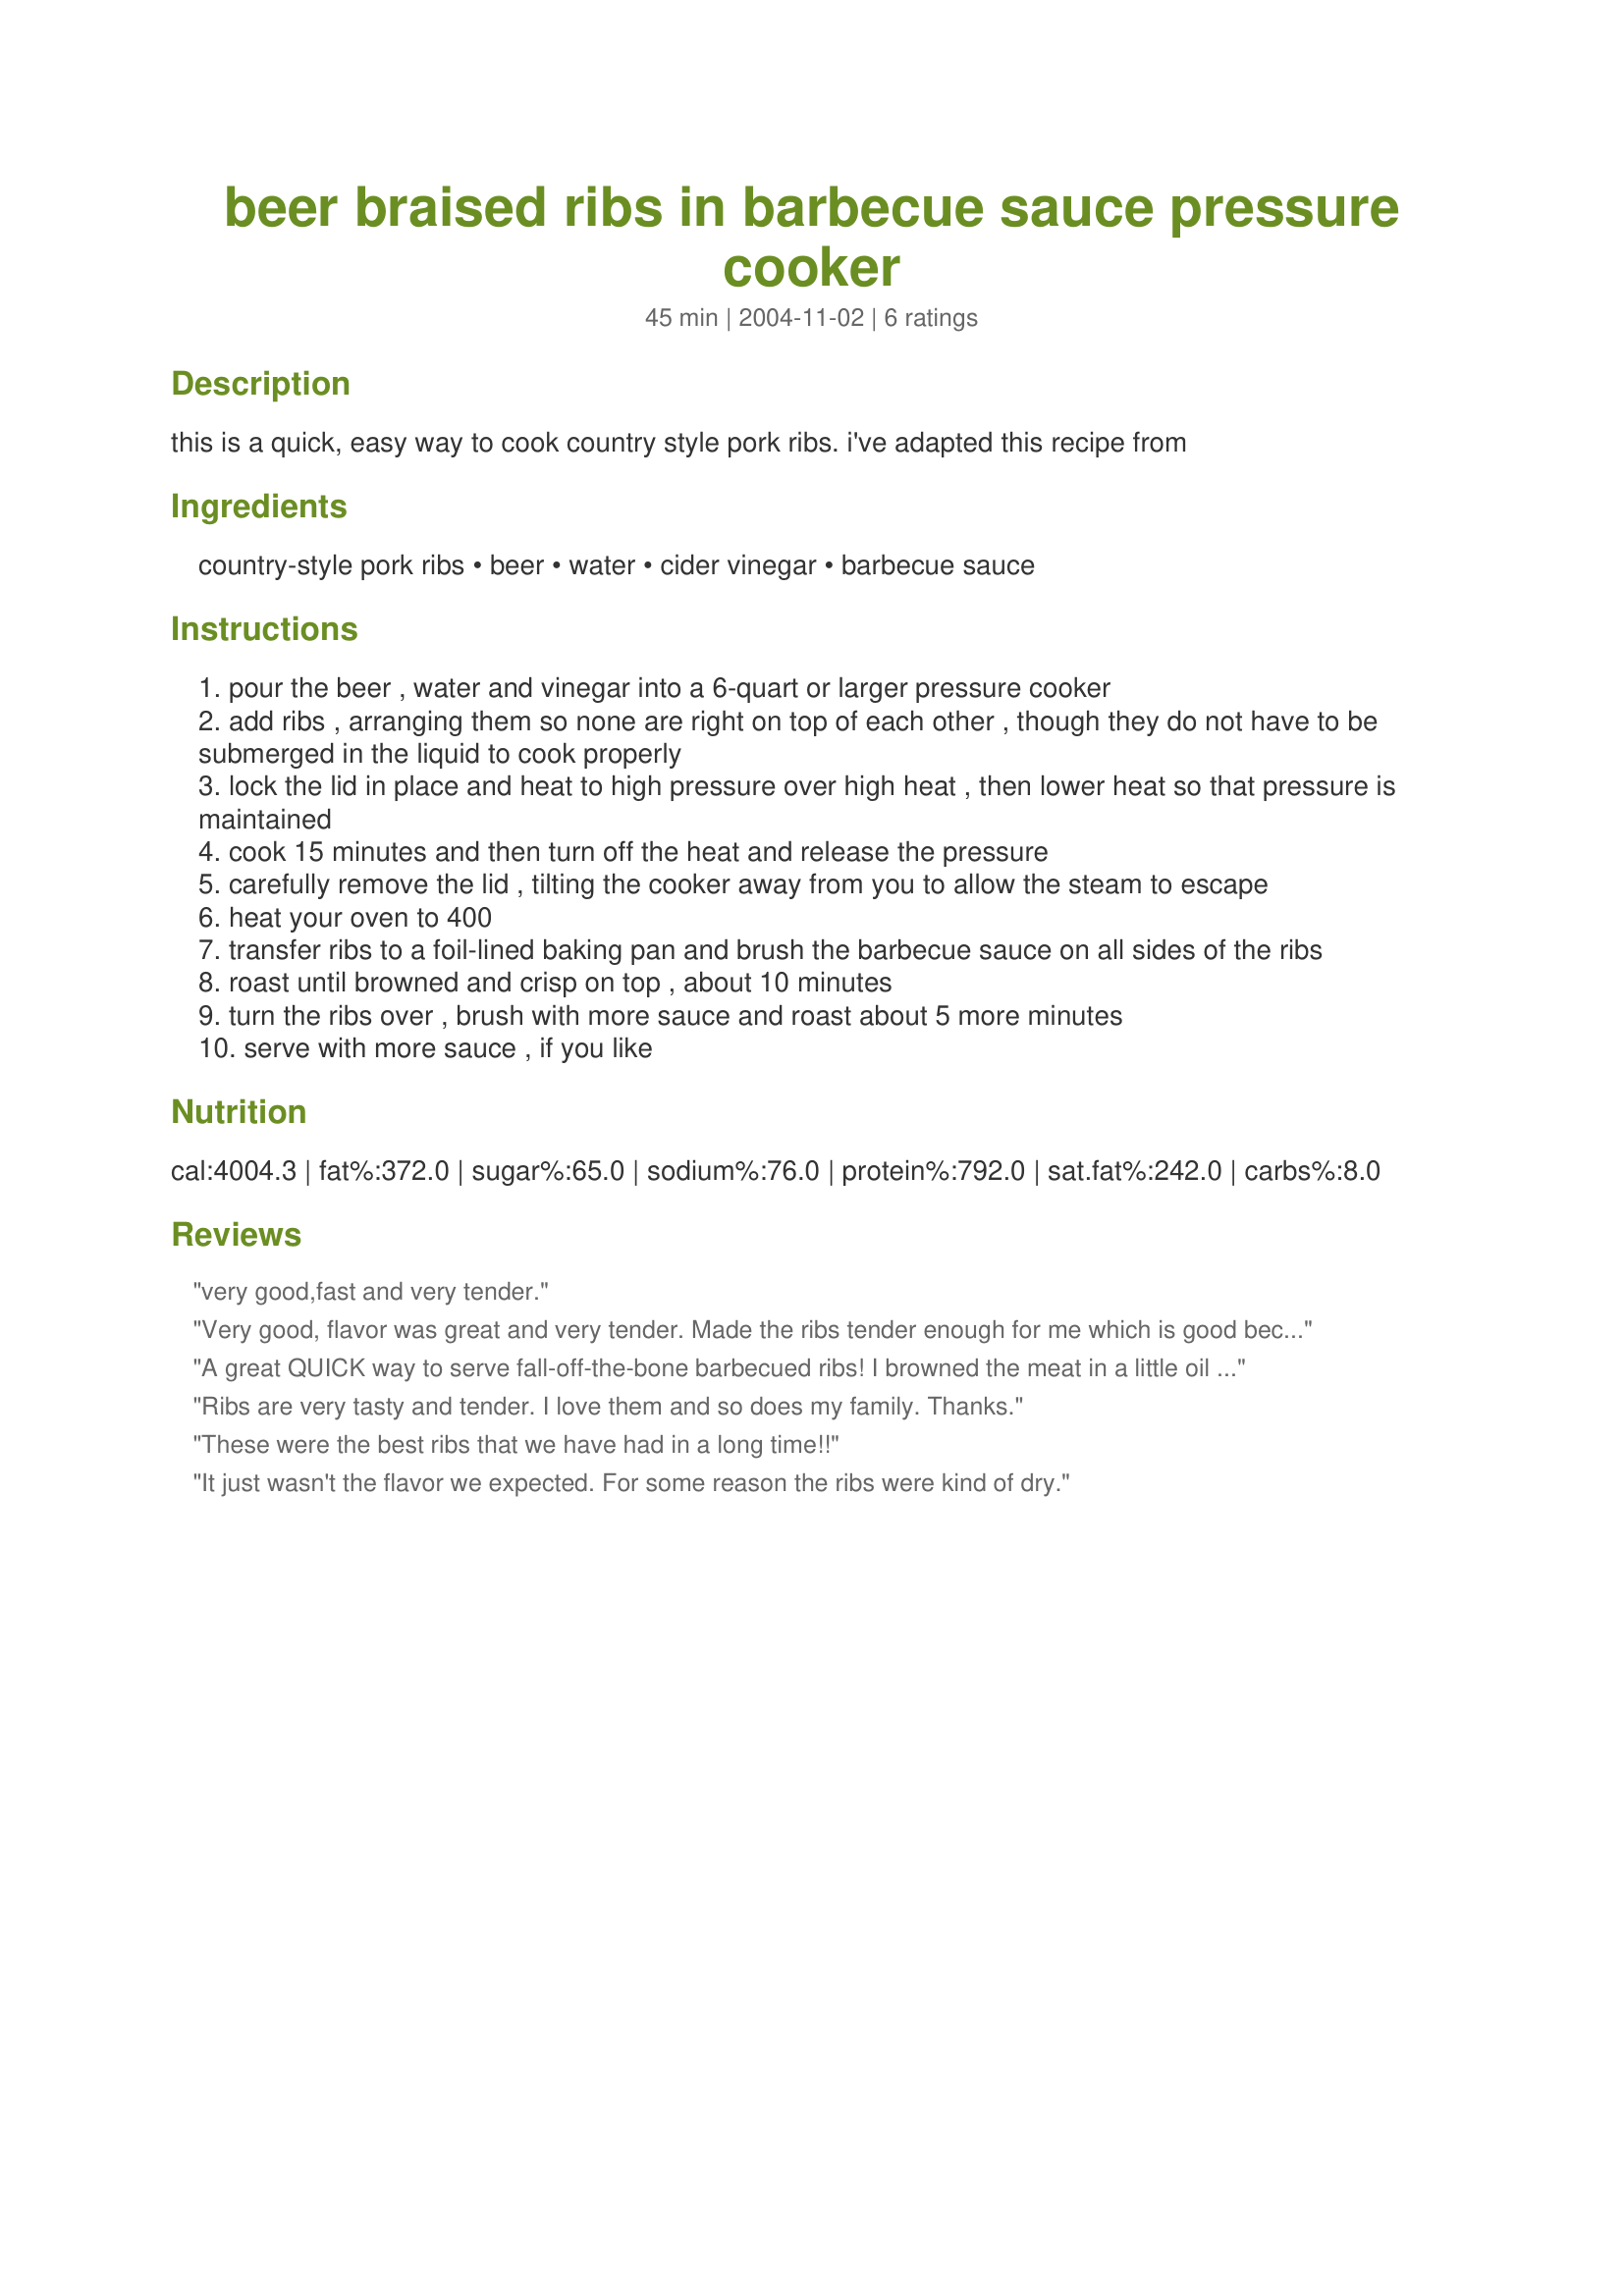
beer braised ribs in barbecue sauce pressure cooker
Preparation time: 45 minutes

this is a quick, easy way to cook country style pork ribs. i've adapted this recipe from

Ingredients:
country-style pork ribs, beer, water, cider vinegar, barbecue sauce

Steps:
pour the beer , water and vinegar into a 6-quart or larger pressure cooker
add ribs , arranging them so none are right on top of each other , though they do not have to be submerged in the liquid to cook properly
lock the lid in place and heat to high pressure over high heat , then lower heat so that pressure is maintained
cook 15 minutes and then turn off the heat and release the pressure
carefully remove the lid , tilting the cooker away from you to allow the steam to escape
heat your oven to 400
transfer ribs to a foil-lined baking pan and brush the barbecue sauce on all sides of the ribs
roast until browned and crisp on top , about 10 minutes
turn the ribs over , brush with more sauce and roast about 5 more minutes
serve with more sauce , if you like

Reviews:
very good,fast and very tender.
Very good, flavor was great and very tender. Made the ribs tender enough for me which is good because I have a hard time with most meat due to lack of teeth.
A great QUICK way to serve fall-off-the-bone barbecued ribs! I browned the meat in a little oil in the bottom of the cooker and removed the meat to a plate. Then I deglazed the cooker with the beer, vinegar, and water. I sliced a big yellow onion thickly and placed that on the bottom as a sort of "rack" and placed the ribs on top. I added a chopped clove of garlic and a bay leaf and sealed up the pot. After 15 minutes, these ribs were perfect - the barbecue sauce was gilding the lily, but delicious! Everyone loved them. Thanks for a great recipe, Jude!
Ribs are very tasty and tender. I love them and so does my family. Thanks.
These were the best ribs that we have had in a long time!!
It just wasn't the flavor we expected. For some reason the ribs were kind of dry.
